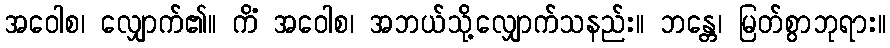
အဝေါစ၊ လျှောက်၏။ ကိံ အဝေါစ၊ အဘယ်သို့လျှောက်သနည်း။ ဘန္တေ၊ မြတ်စွာဘုရား။